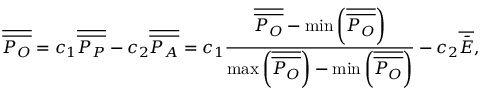
\overline { { \overline { { { P _ { O } } } } } } = { c _ { 1 } } \overline { { \overline { { { P _ { P } } } } } } - { c _ { 2 } } \overline { { \overline { { { P _ { A } } } } } } = { c _ { 1 } } \frac { { \overline { { \overline { { { P _ { O } } } } } } - \operatorname* { m i n } \left( { \overline { { \overline { { { P _ { O } } } } } } } \right) } } { { \operatorname* { m a x } \left( { \overline { { \overline { { { P _ { O } } } } } } } \right) - \operatorname* { m i n } \left( { \overline { { \overline { { { P _ { O } } } } } } } \right) } } - { c _ { 2 } } \overline { { \bar { E } } } ,